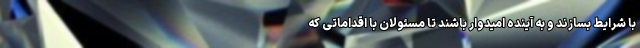
با شرایط بسازند و به آینده امیدوار باشند تا مسئولان با اقداماتی که